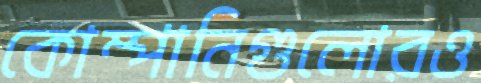
কোম্পানিগুলোরও